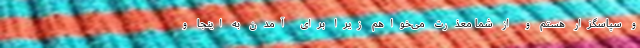
و سپاسگزار هستم و از شما معذرت می‌خواهم زیرا برای آمدن به اینجا و